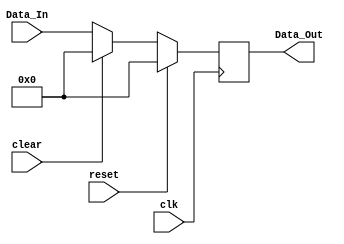
`timescale 1ns / 1ps
//////////////////////////////////////////////////////////////////////////////////
// Company: 
// Engineer: 
// 
// Design Name: 
// Module Name:    regfileclr 
// Project Name: 
// Target Devices: 
// Tool versions: 
// Description: 
//
// Dependencies: 
//
// Revision: 
// Revision 0.01 - File Created
// Additional Comments: 
//
//////////////////////////////////////////////////////////////////////////////////
module regfileclr #(parameter WIDTH = 8)(
		input clk,
		input reset,
		input clear,
		input [WIDTH-1:0] Data_In,
		output reg [WIDTH-1:0] Data_Out
		);
		
	/*
	initial begin
		Data_Out <=  0;
	end
	*/	
	always @(posedge clk)
		if(reset)
			Data_Out <=  0;
		else if(clear)
			Data_Out <= 0;
		else
			Data_Out <= Data_In;

endmodule